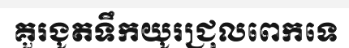
គួរងូតទឹកយូរជ្រុលពេកទេ